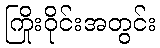
ကြိုးဝိုင်းအတွင်း